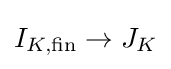
I_{K,{\text{fin}}}\to J_{K}